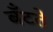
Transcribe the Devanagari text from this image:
बँटते